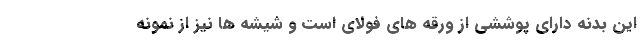
این بدنه دارای پوششی از ورقه های فولای است و شیشه ها نیز از نمونه